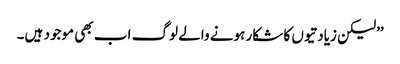
’’لیکن زیادتیوں کا شکار ہونے والے لوگ اب بھی موجود ہیں۔